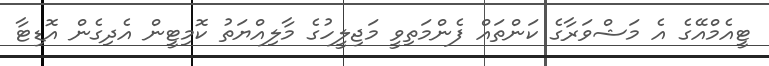
ޓީއެމްއޭގެ އެ މަޝްވަރާގެ ކަންތައް ފެންމަތިވީ މަޖިލީހުގެ މާލިއްޔަތު ކޮމިޓީން އެދިގެން އޮޑިޓާ